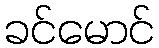
ခင်မောင်